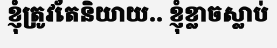
ខ្ញុំត្រូវតែនិយាយ.. ខ្ញុំខ្លាចស្លាប់